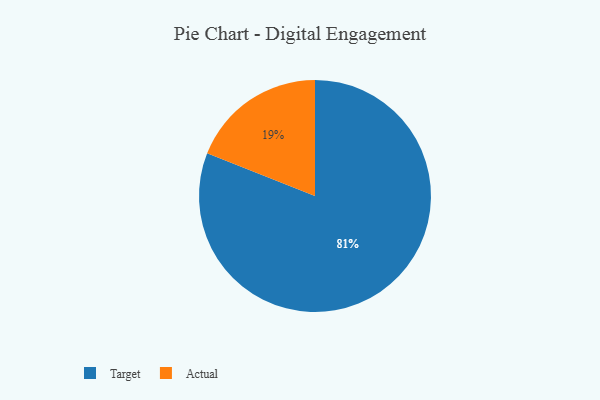
{"axis": {"x": "Category", "y": "Percentage"}, "legend": ["Actual", "Target"], "data": [{"x": "Target", "y": 81, "type": "Target"}, {"x": "Actual", "y": 19, "type": "Actual"}]}